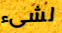
لشىء